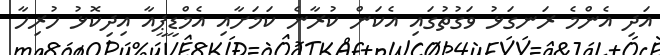
އަދި އެންމެ ރަނގަޅު ވަގުތުގައި އެކަން ކުރާނެ ކަމަށާއި އެމްޑީޕީއާ އިދިކޮޅު ހުރިހާ